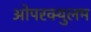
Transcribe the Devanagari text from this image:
ओपरक्युलम